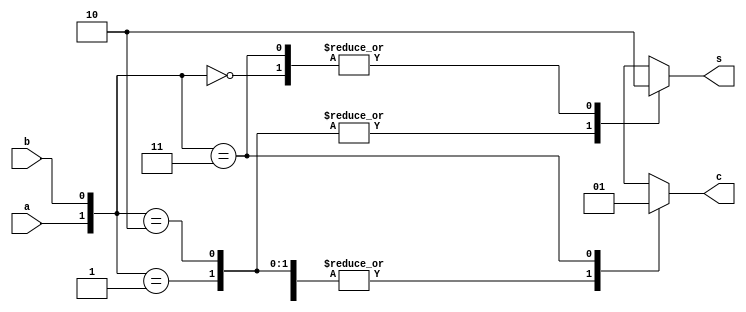
`timescale 1ns / 1ps
//////////////////////////////////////////////////////////////////////////////////
// Company: 
// Engineer: 
// 
// Design Name: 
// Module Name: halfadder
// Project Name: 
// Target Devices: 
// Tool Versions: 
// Description: 
// 
// Dependencies: 
// 
// Revision:
// Revision 0.01 - File Created
// Additional Comments:
// 
//////////////////////////////////////////////////////////////////////////////////

module halfadder(a,b,c,s);
input a,b;
output reg c,s;
wire [1:0] concat_input;

assign concat_input = {a,b};

always @(*) begin
case(concat_input)
2'b00:
begin c=0; s=0; end 
2'b01: 
begin c=0; s=1; end
2'b10: 
begin c=0; s=1; end
2'b11: 
begin c=1; s=0; end
endcase
end
endmodule